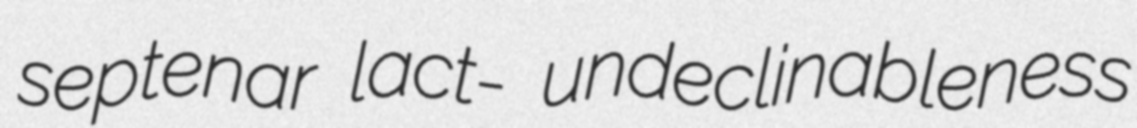
septenar lact- undeclinableness